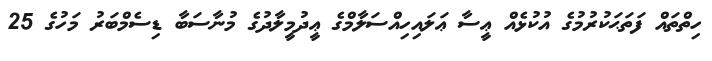
ހިތްތައް ފަތަޙަކުރުމުގެ އުކުޅެއް ޢީސާ ޢަލައިހިއްސަލާމްގެ ޢީދުމީލާދުގެ މުނާސަބާ ޑިސެމްބަރު މަހުގެ 25